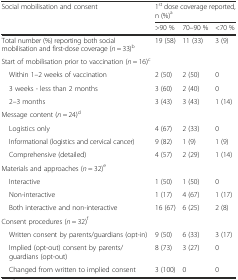
| <ROWSPAN=2> Social mobilisation and consent | <COLSPAN=3> 1st dose coverage reported, n (%)a |
 | >90 % | 70–90 % | <70 % |
 | --- | --- | --- | --- |
 | Total number (%) reporting both social mobilisation and first-dose coverage (n = 33)b | 19 (58) | 11 (33) | 3 (9) |
 | <COLSPAN=4> Start of mobilisation prior to vaccination (n = 16)c |
 | Within 1–2 weeks of vaccination | 2 (50) | 2 (50) | 0 |
 | 3 weeks - less than 2 months | 3 (60) | 2 (40) | 0 |
 | 2–3 months | 3 (43) | 3 (43) | 1 (14) |
 | <COLSPAN=4> Message content (n = 24)d |
 | Logistics only | 4 (67) | 2 (33) | 0 |
 | Informational (logistics and cervical cancer) | 9 (82) | 1 (9) | 1 (9) |
 | Comprehensive (detailed) | 4 (57) | 2 (29) | 1 (14) |
 | <COLSPAN=4> Materials and approaches (n = 32)e |
 | Interactive | 1 (50) | 1 (50) | 0 |
 | Non-interactive | 1 (17) | 4 (67) | 1 (17) |
 | Both interactive and non-interactive | 16 (67) | 6 (25) | 2 (8) |
 | <COLSPAN=4> Consent procedures (n = 32)f |
 | Written consent by parents/guardians (opt-in) | 9 (50) | 6 (33) | 3 (17) |
 | Implied (opt-out) consent by parents/guardians (opt-out) | 8 (73) | 3 (27) | 0 |
 | Changed from written to implied consent | 3 (100) | 0 | 0 |